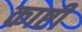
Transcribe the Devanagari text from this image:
काष्टी